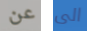
عن الى